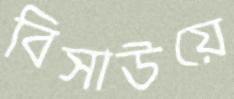
বিসাউয়ে